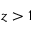
z > 1